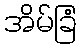
အိမ်ခြံ